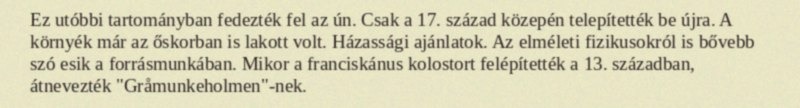
Ez utóbbi tartományban fedezték fel az ún. Csak a 17. század közepén telepítették be újra. A környék már az őskorban is lakott volt. Házassági ajánlatok. Az elméleti fizikusokról is bővebb szó esik a forrásmunkában. Mikor a franciskánus kolostort felépítették a 13. században, átnevezték "Gråmunkeholmen"-nek.